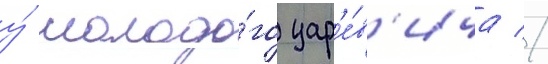
у́ молодо́го цар'е́в'ича //